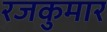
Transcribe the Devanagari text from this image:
रजकुमार